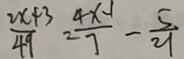
\frac { 2 x + 3 } { 4 9 } = \frac { 4 x - 1 } { 7 } - \frac { 5 } { 2 1 }